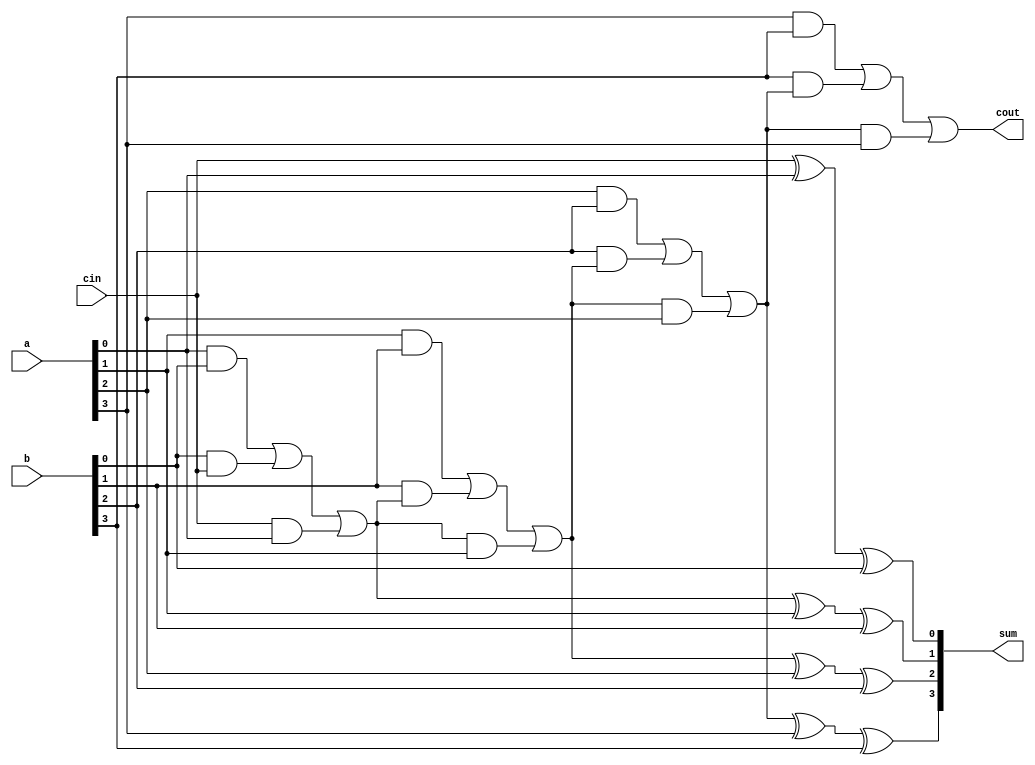
`timescale 1ns / 1ps
//////////////////////////////////////////////////////////////////////////////////
// Company: 
// Engineer: 
// 
// Design Name: 
// Module Name:    rcad 
// Project Name: 
// Target Devices: 
// Tool versions: 
// Description: 
//
// Dependencies: 
//
// Revision: 
// Revision 0.01 - File Created
// Additional Comments: 
//
//////////////////////////////////////////////////////////////////////////////////
module rcad(
    input [3:0] a,
    input [3:0] b,
    input cin,
    output [3:0] sum,
    output cout
    );
	 wire c0,c1,c2;
	 assign sum[0]=cin^a[0]^b[0];
	 assign c0=(a[0]&b[0])|(b[0]&cin)|(cin&a[0]);
    assign sum[1]=c0^a[1]^b[1];
	 assign c1=(a[1]&b[1])|(b[1]&c0)|(c0&a[1]);
	 assign sum[2]=c1^a[2]^b[2];
	 assign c2=(a[2]&b[2])|(b[2]&c1)|(c1&a[2]);
    assign sum[3]=c2^a[3]^b[3];
	 assign cout=(a[3]&b[3])|(b[3]&c2)|(c2&a[3]);
	
	 
endmodule